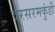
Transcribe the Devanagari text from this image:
वरसरमकुंडी